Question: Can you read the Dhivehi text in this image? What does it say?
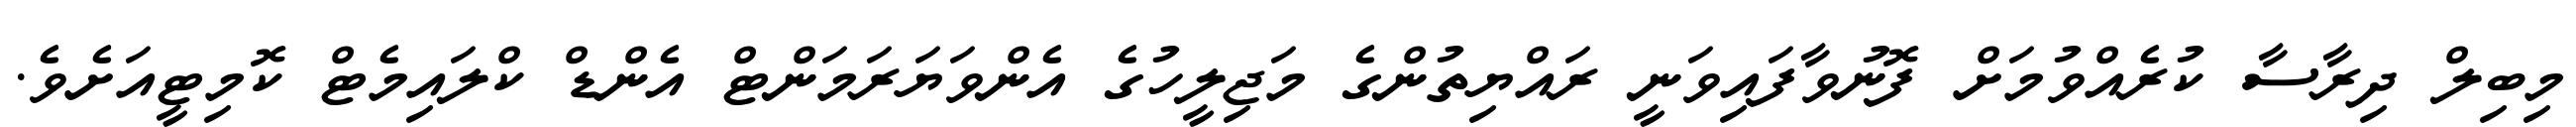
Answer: މިބިލް ދިރާސާ ކުރެއްވުމަށް ފޮނުވާފައިވަނީ ރައްޔިތުންގެ މަޖިލީހުގެ އެންވަޔަރަމަންޓް އެންޑް ކްލައިމެޓް ކޮމިޓީއަށެވެ.